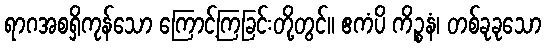
ရာဂအစရှိကုန်သော ကြောင့်ကြခြင်းတို့တွင်။ ဧကံပိ ကိဉ္စနံ၊ တစ်ခုခုသော